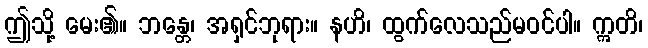
ဤသို့ မေး၏။ ဘန္တေ၊ အရှင်ဘုရား။ နဟိ၊ ထွက်လေသည်မဝင်ပါ။ ဣတိ၊